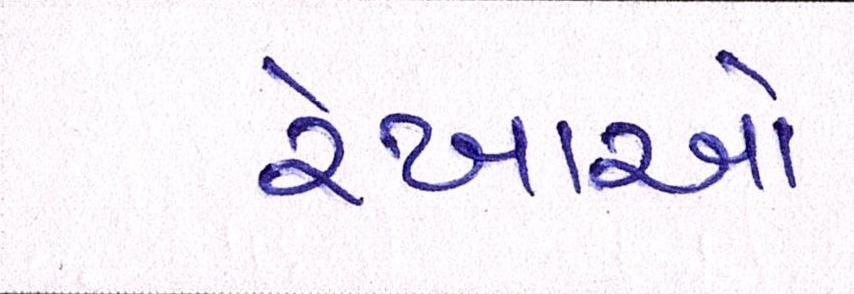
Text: રેખાઓ